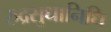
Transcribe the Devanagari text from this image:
रुद्रसुधानिधि